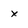
Character: x